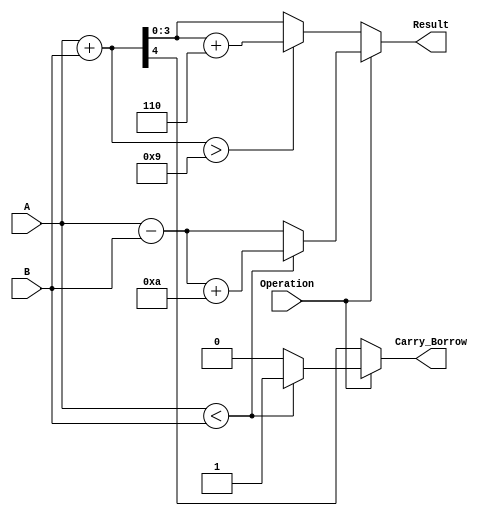
module BCD_Add_Subtracter (
    input [3:0] A,         // First BCD operand
    input [3:0] B,         // Second BCD operand
    input Operation,       // 0 for addition, 1 for subtraction
    output reg [3:0] Result, // Resulting BCD value
    output reg Carry_Borrow // Carry out for addition, borrow out for subtraction
);

    wire [4:0] sum;        // 5-bit sum for addition (to handle carry out)
    wire [4:0] diff;       // 5-bit difference for subtraction (to handle borrow)
    reg [3:0] adjusted_result; // Adjusted result holder for BCD correction

    // Addition of A and B
    assign sum = A + B;

    // Subtraction of A and B
    assign diff = A - B;

    always @(*) begin
        if (Operation == 1'b0) begin // Addition
            // Default values
            Result = sum[3:0]; // Take the lower 4 bits of the sum
            Carry_Borrow = sum[4]; // Carry out if the 5th bit is set
            
            // Check for BCD correction
            if (sum > 4'b1001) begin // If sum exceeds 9
                Result = Result + 4'b0110; // Adjust by adding 6
            end
            
        end else begin // Subtraction
            // Default values
            Result = diff[3:0]; // Take the lower 4 bits of the difference
            Carry_Borrow = 0; // Initialize borrow flag
            
            // Check for borrow condition
            if (A < B) begin // If A is less than B
                Result = Result + 4'b1010; // Adjust by adding 10
                Carry_Borrow = 1; // Set borrow flag
            end
        end
    end

endmodule